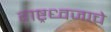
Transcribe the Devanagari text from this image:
राष्ट्रध्वजाचे